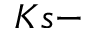
K s -